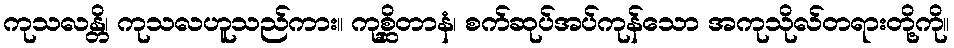
ကုသလန္တိ၊ ကုသလဟူသည်ကား။ ကုစ္ဆိတာနံ၊ စက်ဆုပ်အပ်ကုန်သော အကုသိုလ်တရားတို့ကို။